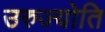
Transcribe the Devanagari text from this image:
उरुज्योति